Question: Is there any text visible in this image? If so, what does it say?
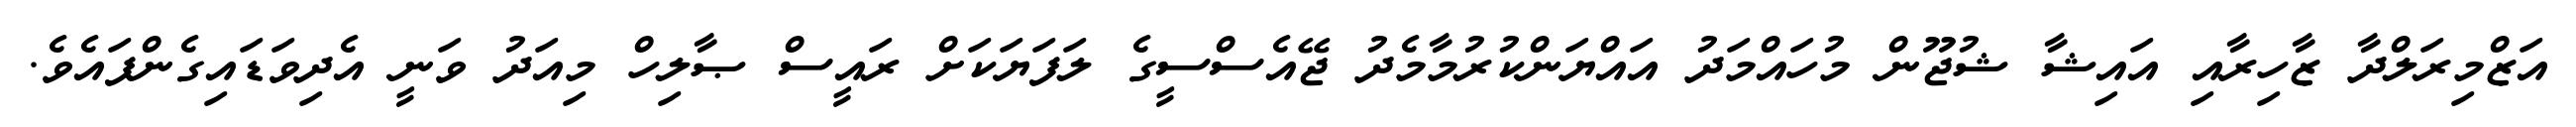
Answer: އަޒްމިރަލްދާ ޒާހިރާއި އައިޝާ ޝުޖޫން މުހައްމަދު އައްޔަންކުރުމާމެދު ޖޭއެސްސީގެ ލަފަޔަކަށް ރައީސް ޞާލިހް މިއަދު ވަނީ އެދިވަޑައިގެންފައެވެ.